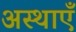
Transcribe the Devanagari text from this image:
अस्थाएँ